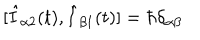
[ \hat { I } _ { \alpha 2 } ( t ) , \hat { I } _ { \beta 1 } ( t ) ] = \hbar \delta _ { \alpha \beta }